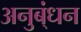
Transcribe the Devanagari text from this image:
अनुब्ंधन